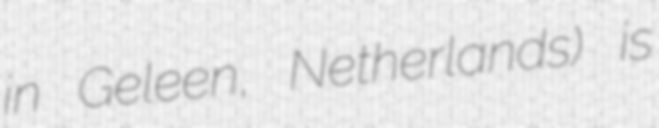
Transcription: in Geleen, Netherlands) is